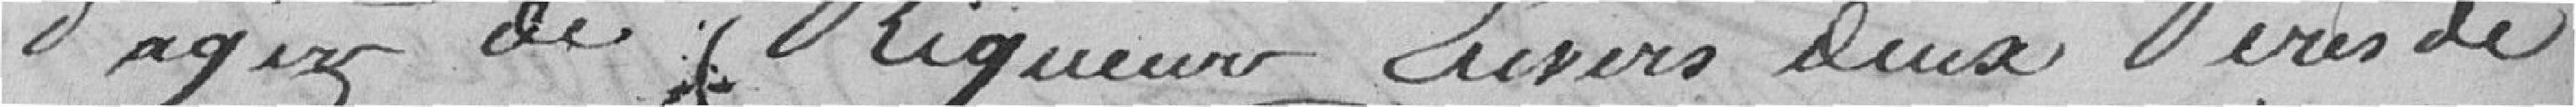
d'agir de rigueur envers deux pères de